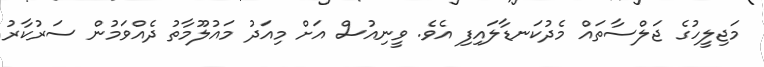
މަޖިލީހުގެ ޖަލްސާތައް މެދުކަނޑާލައިފި އެވެ. ވީނިއުސް އަށް މިއަދު މައުލޫމާތު ދެއްވަމުން ސަރުކާރު